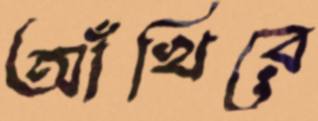
আঁখিরে